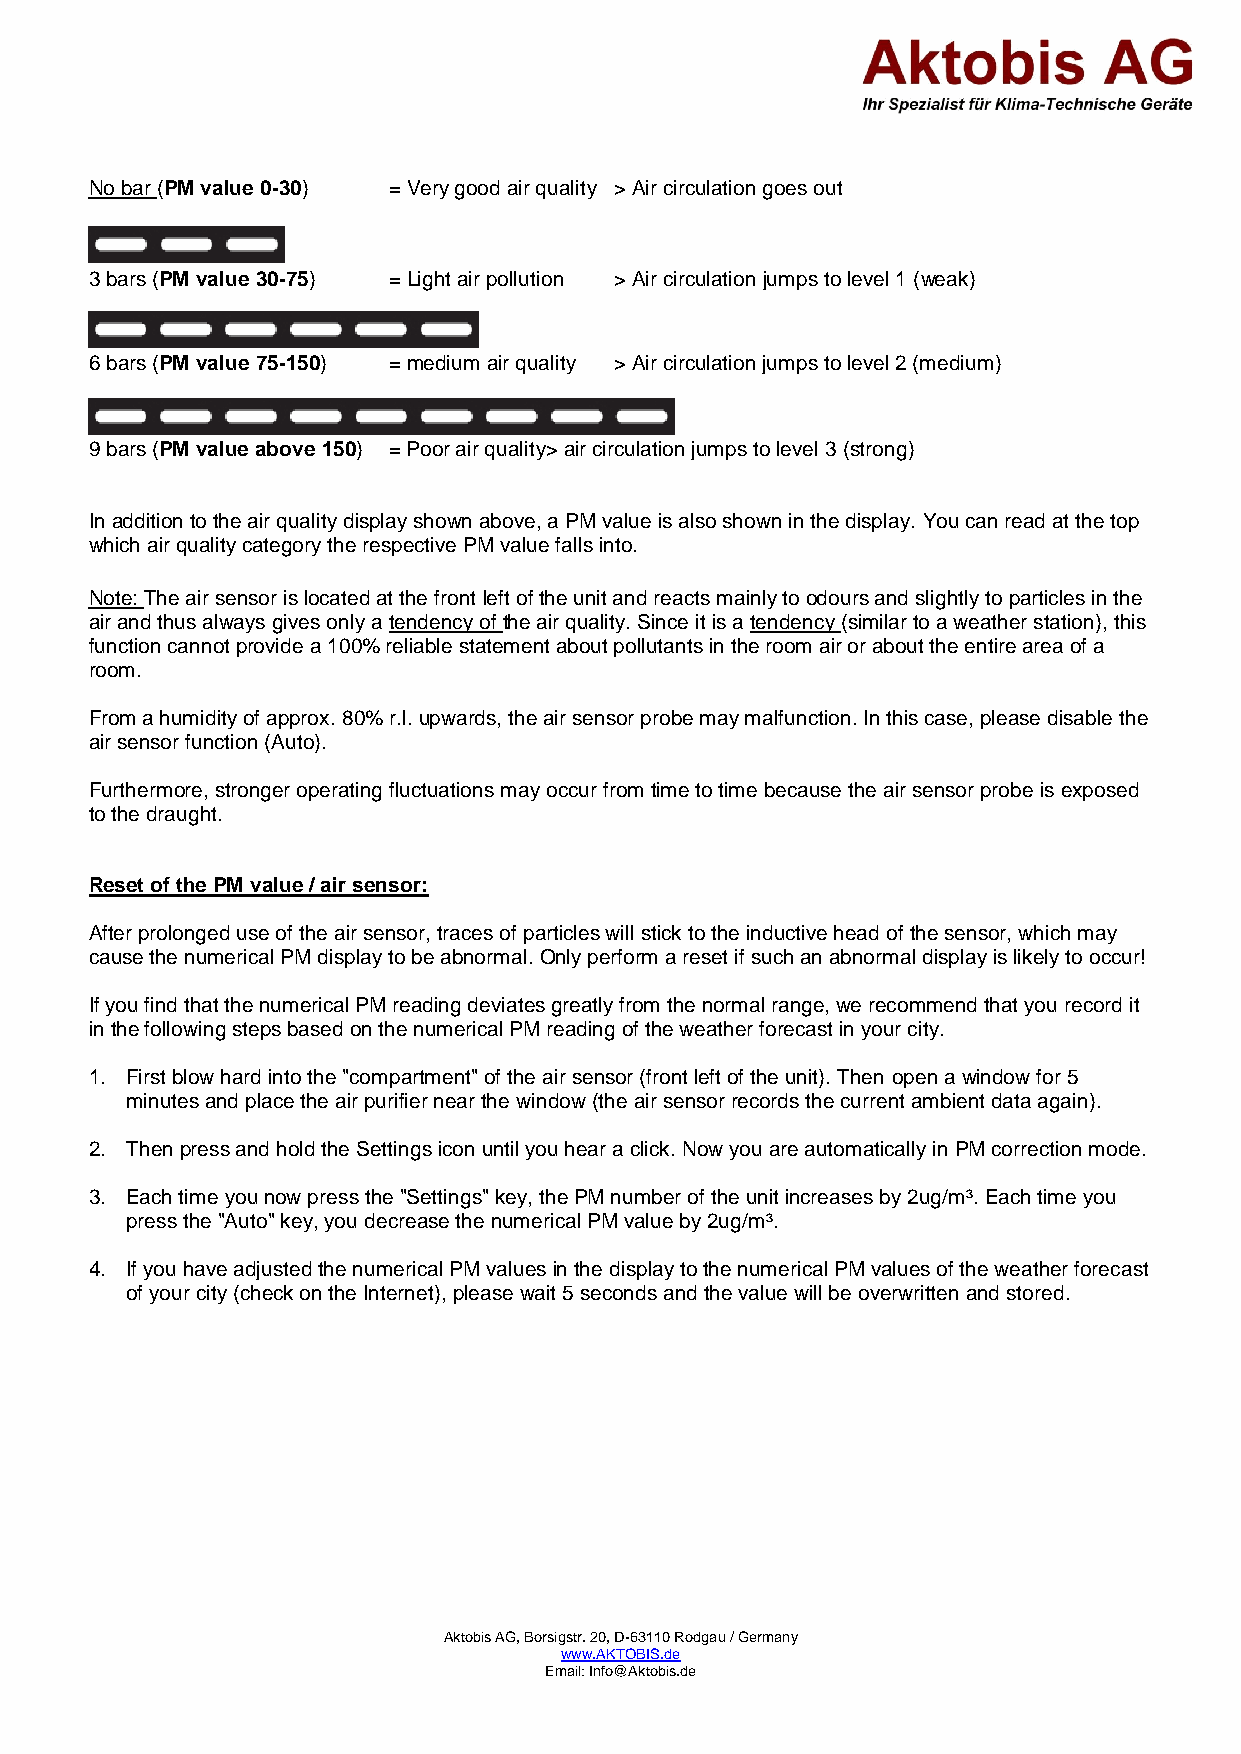
No bar (PM value 0-30) = Very good air quality > Air circulation goes out
 3 bars (PM value 30-75) = Light air pollution > Air circulation jumps to level 1 (weak)
 6 bars (PM value 75-150) = medium air quality > Air circulation jumps to level 2 (medium)
 9 bars (PM value above 150) = Poor air quality> air circulation jumps to level 3 (strong)
 In addition to the air quality display shown above, a PM value is also shown in the display. You can read at the top
 which air quality category the respective PM value falls into.
 Note: The air sensor is located at the front left of the unit and reacts mainly to odours and slightly to particles in the
 air and thus always gives only a tendency of the air quality. Since it is a tendency (similar to a weather station), this
 function cannot provide a 100% reliable statement about pollutants in the room air or about the entire area of a
 room.
 From a humidity of approx. 80% r.l. upwards, the air sensor probe may malfunction. In this case, please disable the
 air sensor function (Auto).
 Furthermore, stronger operating fluctuations may occur from time to time because the air sensor probe is exposed
 to the draught.
 Reset of the PM value / air sensor:
 After prolonged use of the air sensor, traces of particles will stick to the inductive head of the sensor, which may
 cause the numerical PM display to be abnormal. Only perform a reset if such an abnormal display is likely to occur!
 If you find that the numerical PM reading deviates greatly from the normal range, we recommend that you record it
 in the following steps based on the numerical PM reading of the weather forecast in your city.
 1. First blow hard into the "compartment" of the air sensor (front left of the unit). Then open a window for 5
 minutes and place the air purifier near the window (the air sensor records the current ambient data again).
 2. Then press and hold the Settings icon until you hear a click. Now you are automatically in PM correction mode.
 3. Each time you now press the "Settings" key, the PM number of the unit increases by 2ug/m³. Each time you
 press the "Auto" key, you decrease the numerical PM value by 2ug/m³.
 4. If you have adjusted the numerical PM values in the display to the numerical PM values of the weather forecast
 of your city (check on the Internet), please wait 5 seconds and the value will be overwritten and stored.
 Aktobis AG, Borsigstr. 20, D-63110 Rodgau / Germany
 www.AKTOBIS.de
 Email: Info@Aktobis.de